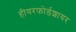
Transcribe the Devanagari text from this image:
हीयरफोर्डशायर